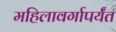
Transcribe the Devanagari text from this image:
महिलावर्गापर्यंत